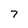
Character: 7